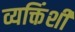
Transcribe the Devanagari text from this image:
व्यक्तिंशी